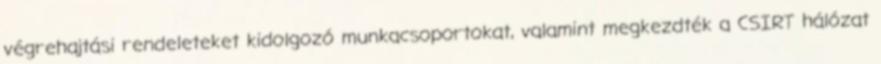
végrehajtási rendeleteket kidolgozó munkacsoportokat, valamint megkezdték a CSIRT hálózat